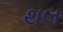
થલ